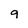
Character: g